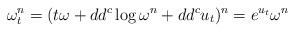
LaTeX: \begin{align*} \omega_t^n = (t \omega + dd^c \log \omega^n + dd^c u_t)^n = e^{u_t} \omega^n\end{align*}